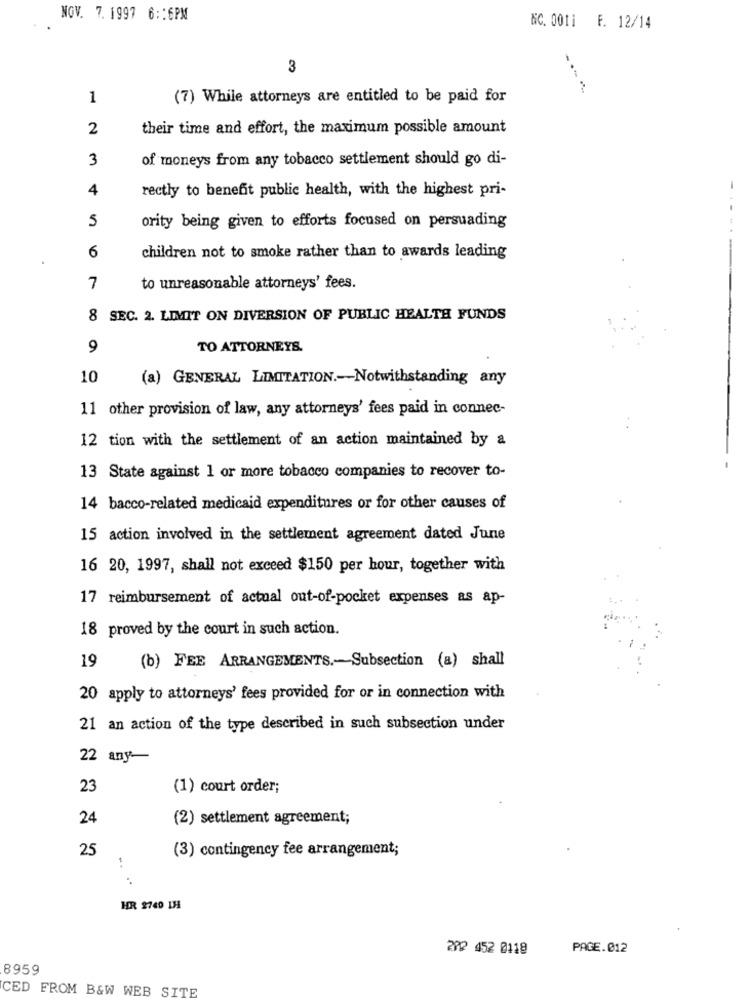
NOV. 7. 1997 6 :: 6PM
NC. 0011 F. 12/14
3
1
(7) While attorneys are entitled to be paid for
2
their time and effort, the maximum possible amount
3
of moneys from any tobacco settlement should go di-
4
-
rectly to benefit public health, with the highest pri-
5
ority being given to efforts focused on persuading
6
children not to smoke rather than to awards leading
7
to unreasonable attorneys' fees.
8 SEC. 2. LIMIT ON DIVERSION OF PUBLIC HEALTH FUNDS
9
TO ATTORNEYS.
10
(a) GENERAL LIMITATION .- Notwithstanding any
11 other provision of law, any attorneys' fees paid in connec-
12 tion with the settlement of an action maintained by a
13 State against 1 or more tobacco companies to recover to-
14 bacco-related medicaid expenditures or for other causes of
15 action involved in the settlement agreement dated June
16 20, 1997, shall not exceed $150 per hour, together with
17 reimbursement of actual out-of-pocket expenses as ap-
18 proved by the court in such action.
19
(b) FEE ARRANGEMENTS .- Subsection (a) shall
20 apply to attorneys' fees provided for or in connection with
21 an action of the type described in such subsection under
22 any-
23
(1) court order;
24
(2) settlement agreement;
25
(3) contingency fee arrangement;
HR 2740 IH
20₽ 452 0119
PAGE.012
8959
CED FROM B&W WEB SITE